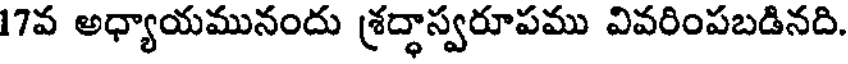
17వ అధ్యాయమునందు శ్రద్ధాస్వరూపము వివరింపబడినది.